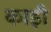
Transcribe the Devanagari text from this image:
काड़ी